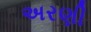
અરણી